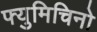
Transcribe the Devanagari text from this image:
फ्युमिचिनो